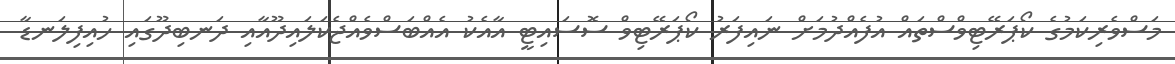
މަސްވެރިކަމުގެ ކޯޕަރޭޓިވްސްތައް އުފެއްދުމަށް ނައިފަރު ކޯޕަރޭޓިވް ސޮސައިޓީ އާއެކު އެއްބަސްވެއްޖެކަލައިދޫއާއި ދަނބިދޫގައި ހުއިފިލަނޑާ